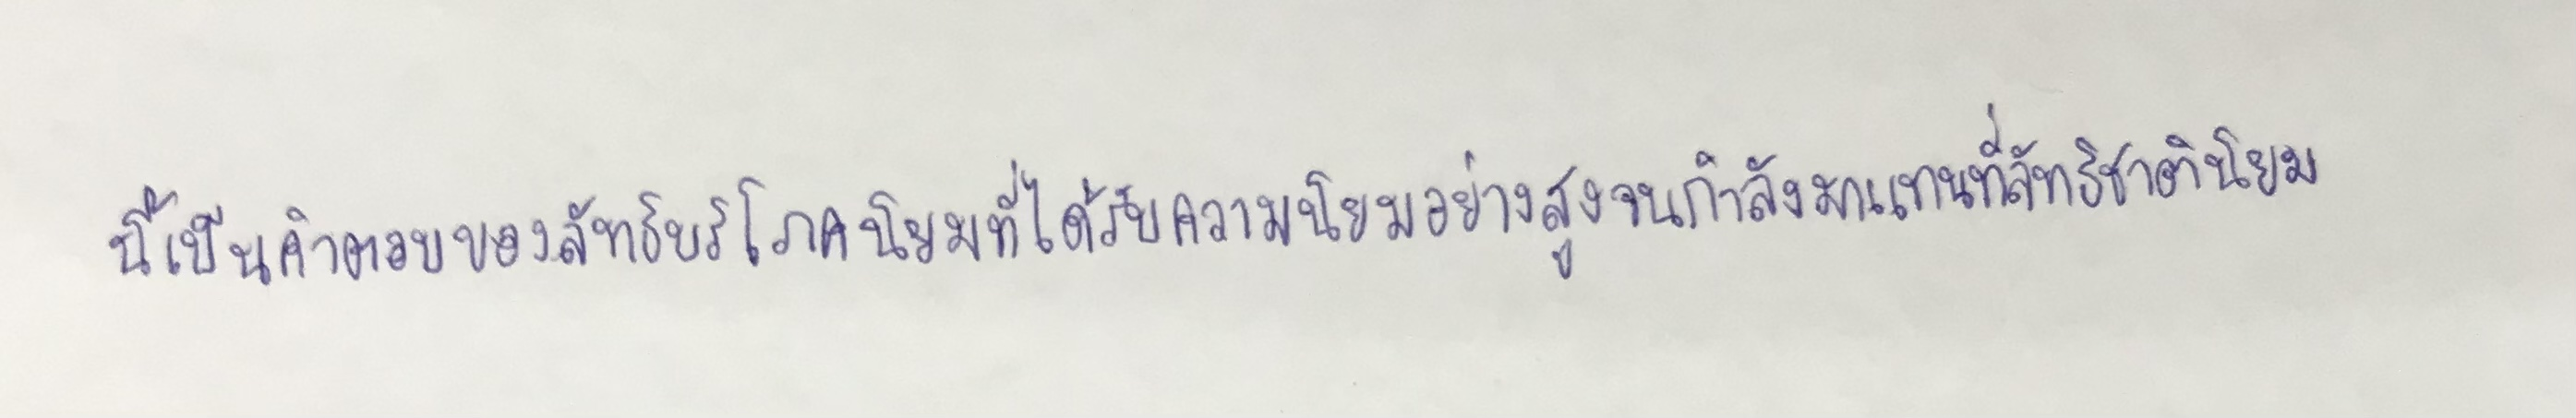
นี้เป็นคำตอบของลัทธิบริโภคนิยมที่ได้รับความนิยมอย่างสูงจนกำลังมาแทนที่ลัทธิชาตินิยม